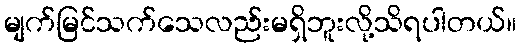
မျက်မြင်သက်သေလည်းမရှိဘူးလို့သိရပါတယ်။